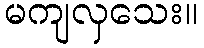
မကျလှသေး။